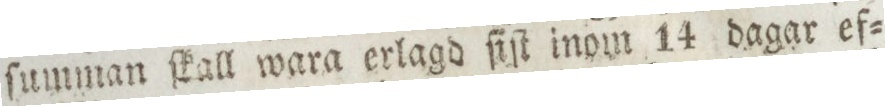
ſumman ſkall wara erlagd ſiſt inom 14 dagar ef=